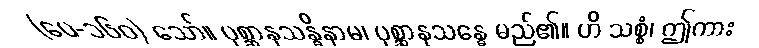
(ပေ-၁၆၀) သော်။ ပုစ္ဆာနုသန္ဓိနာမ၊ ပုစ္ဆာနုသန္ဓေ မည်၏။ ဟိ သစ္စံ၊ ဤကား